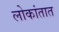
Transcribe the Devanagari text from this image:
लोकांतात